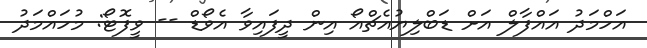
އަހްމަދު އައްފާލް އަށް ޑަބްލިޔުއެޗްއޯ އިން ދީފައިވާ އެވޯޑް -- ވީފޮޓޯ: މުހައްމަދު